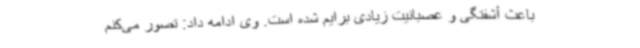
باعث آشفتگی و عصبانیت زیادی برایم شده است. وی ادامه داد: تصور می‌کنم